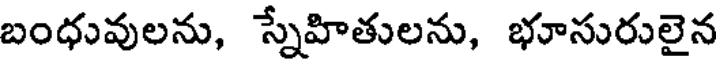
బంధువులను, స్నేహితులను, భూసురులైన